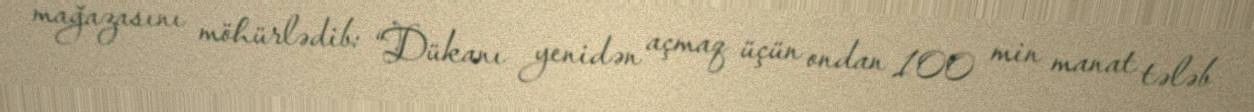
mağazasını möhürlədib: “Dükanı yenidən açmaq üçün ondan 100 min manat tələb